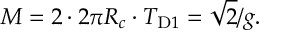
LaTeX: M = 2 \cdot 2 \pi R _ { c } \cdot T _ { \mathrm { D } { 1 } } = \sqrt { 2 } / g .